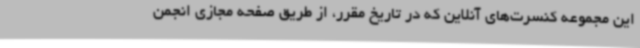
این مجموعه کنسرت‌های آنلاین که در تاریخ مقرر، از طریق صفحه مجازی انجمن